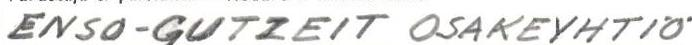
ENSO-GUTZEIT OSAKEYHTIÖ